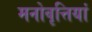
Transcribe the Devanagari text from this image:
मनोवृत्तियां